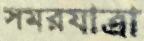
সমরযাত্রা